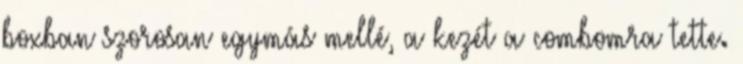
boxban szorosan egymás mellé, a kezét a combomra tette.